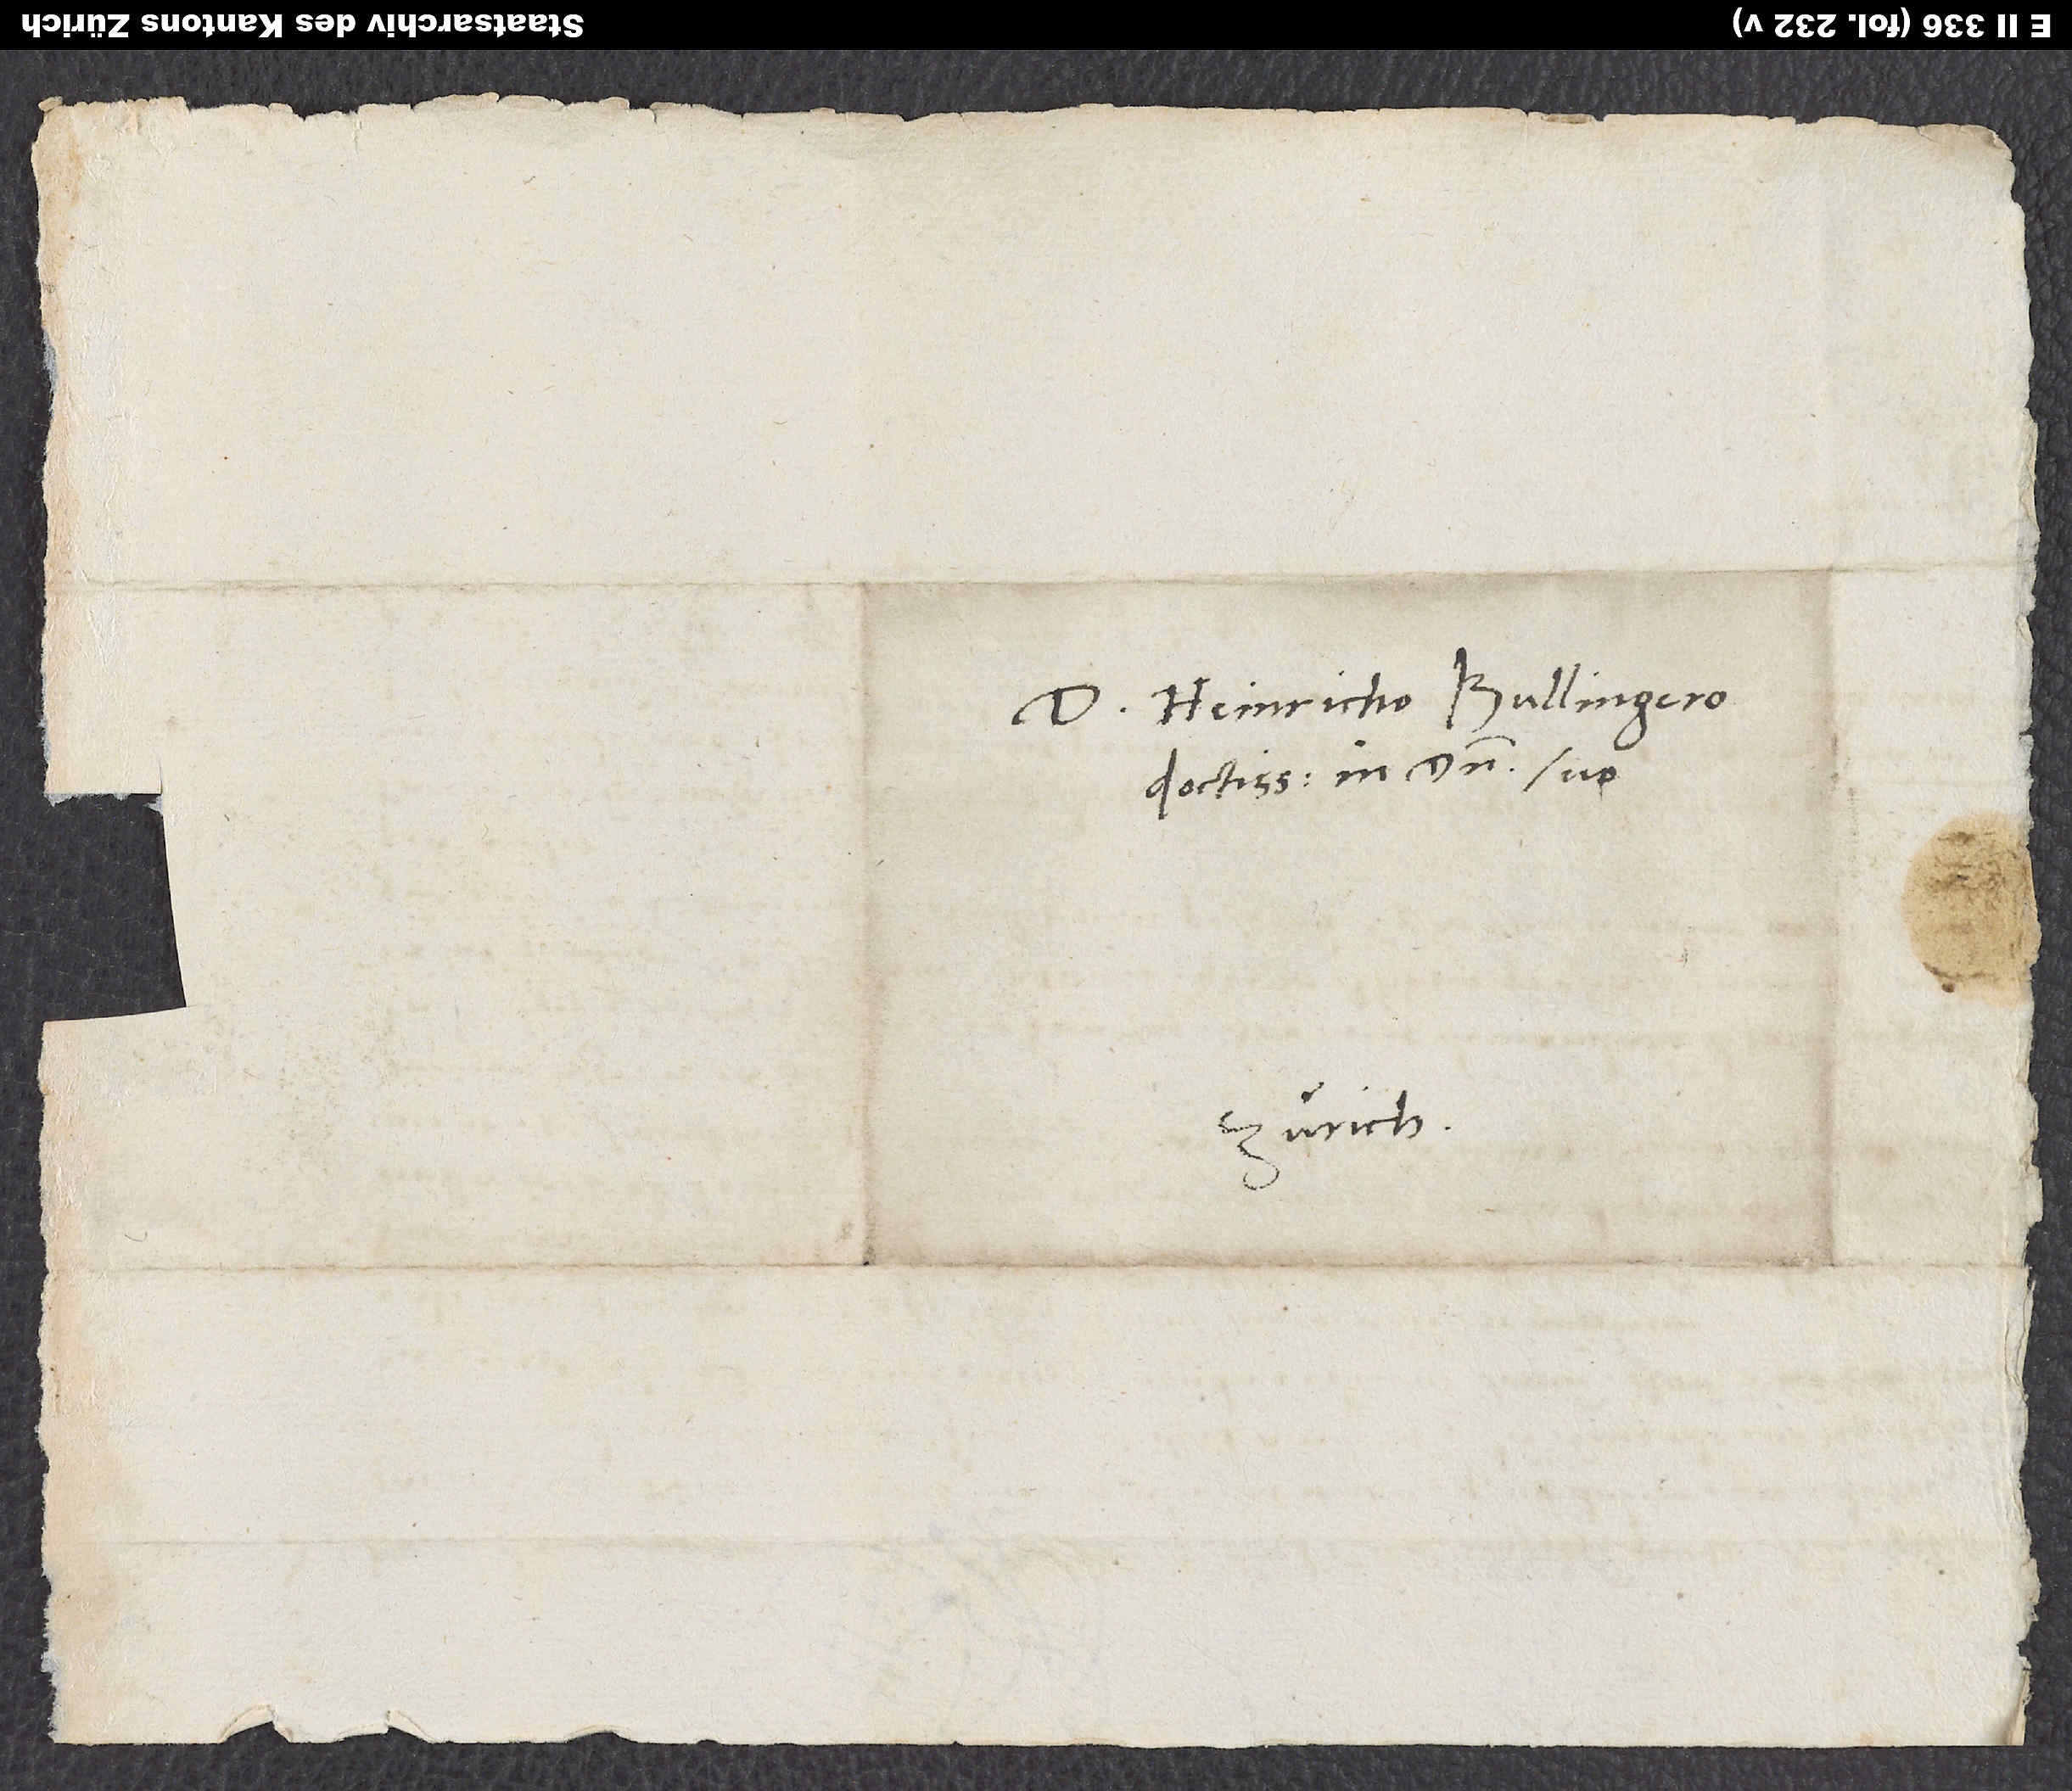
D. Heinricho Bullingero
doctissimo in domino suo.
Zürich.